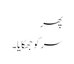
پھر
سر کو جھکایا۔